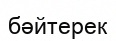
бәйтерек